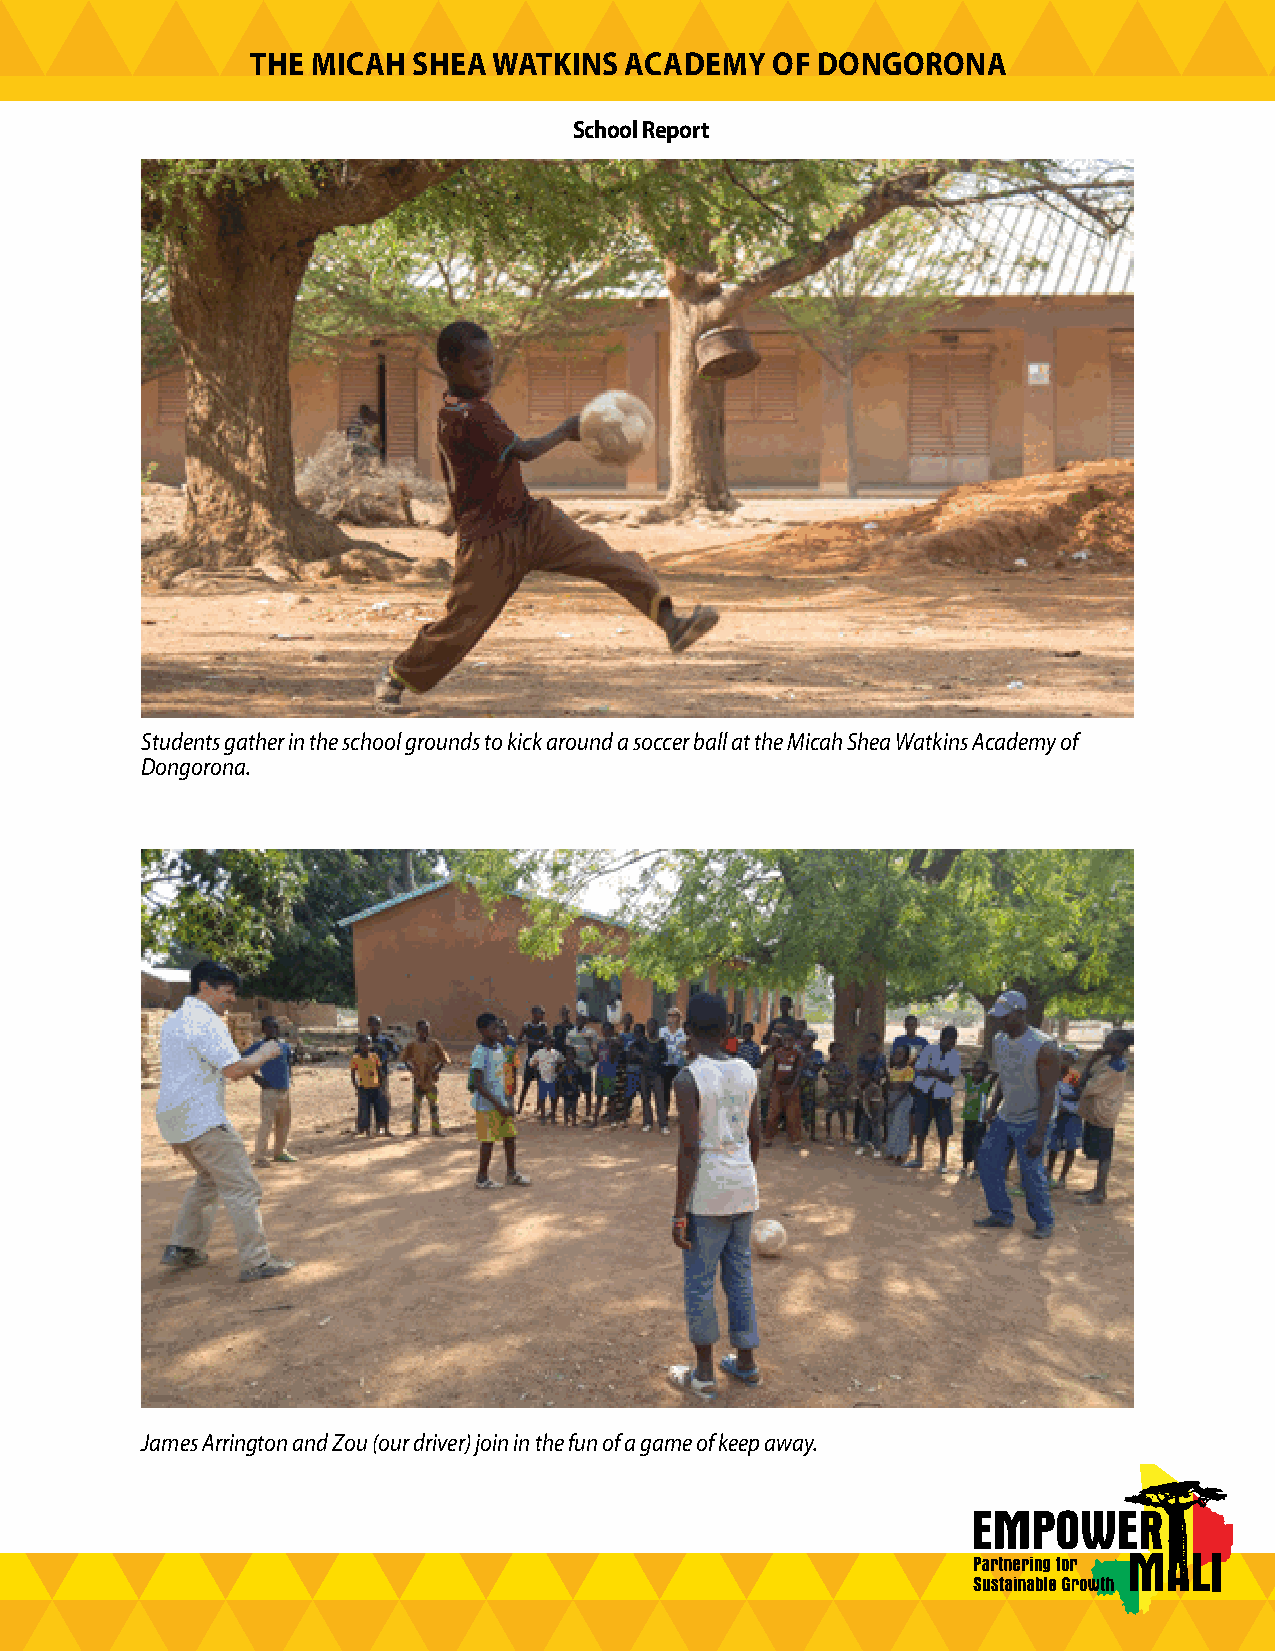
THE MICAH SHEA  WATKINS ACADEMY   OF DONGORONA
 School Report
 Students gather in the school grounds to kick around a soccer ball at the Micah Shea Watkins Academy of
 Dongorona.
 James Arrington and Zou (our driver) join in the fun of a game of keep away.